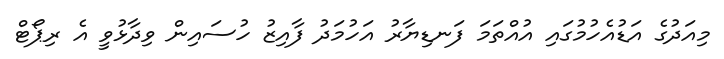
މިއަދުގެ އަޑުއެހުމުގައި އުއްތަމަ ފަނޑިޔާރު އަހުމަދު ފާއިޒު ހުސައިން ވިދާޅުވީ އެ ރިޕޯޓް